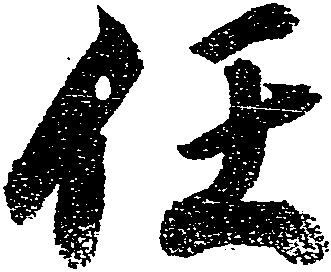
任